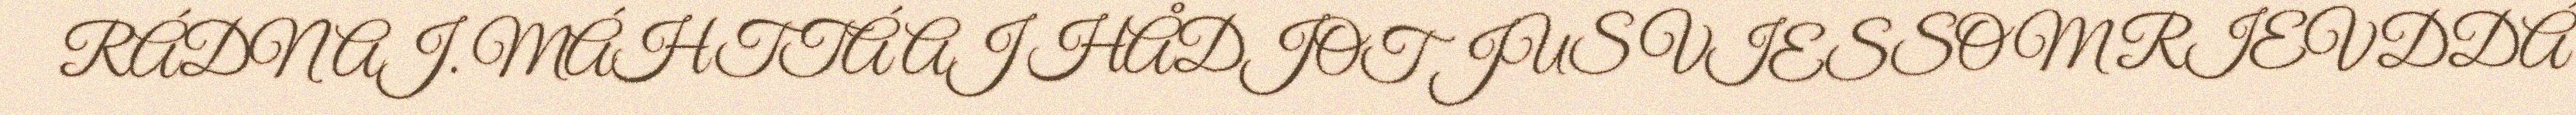
RÁDNAJ. MÁHTTÁ AJ HÅDJOT JUS VIESSOM RIEVDDÁ